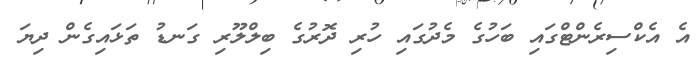
އެ އެކްސިރެންޓްގައި ބަހުގެ މެދުގައި ހުރި ދޮރުގެ ބިލްލޫރި ގަނޑު ތަޅައިގެން ދިޔަ